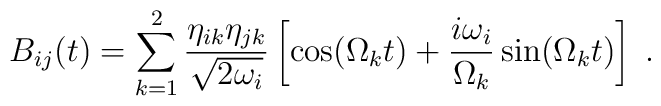
B_{ij}(t)=\sum_{k=1}^2 \frac{\eta_{ik}\eta_{jk}}{\sqrt{2\omega_i}}\left[\cos(\Omega_kt)+\frac{i\omega_i}{\Omega_k}\sin(\Omega_kt)\right]\;.